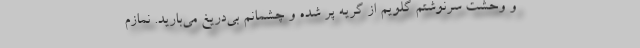
و وحشت سرنوشتم گلویم از گریه پُر شده و چشمانم بی‌دریغ می‌بارید. نمازم